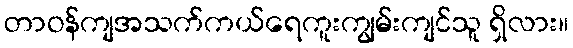
တာဝန်ကျအသက်ကယ်ရေကူးကျွမ်းကျင်သူ ရှိလား။